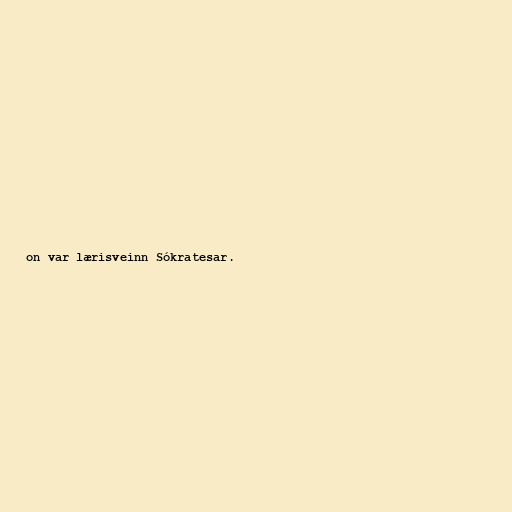
on var lærisveinn Sókratesar.